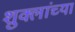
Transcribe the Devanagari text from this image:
शुक्लांच्या